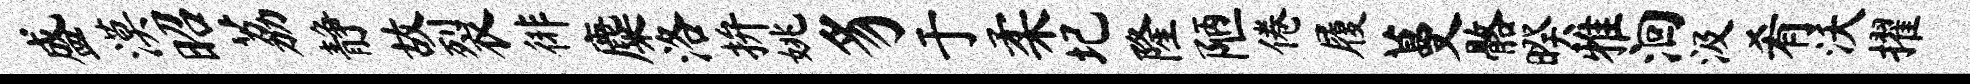
盛漠昭荔静故裂徘麋洛拚姚豸于柔圮隆陋倦履蔓髂暌雅洄汲肴沃擢